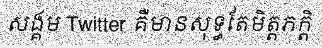
សង្គម Twitter គឺមានសុទ្ធតែមិត្តភក្តិ